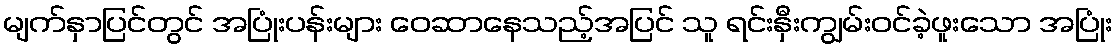
မျက်နှာပြင်တွင် အပြုံးပန်းများ ဝေဆာနေသည့်အပြင် သူ ရင်းနှီးကျွမ်းဝင်ခဲ့ဖူးသော အပြုံး